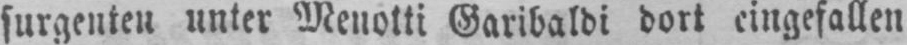
surgenten unter Menotti Garibaldi dort eingefallen